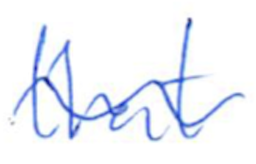
Text: that
Cross-out: mix
Writing tool: ballpoint